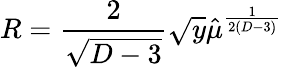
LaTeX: R={\frac{2}{\sqrt{D-3}}}\sqrt y\hat{\mu}^{\frac{1}{2(D-3)}}